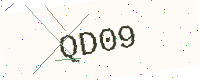
Text: QD09